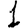
Digit: 1